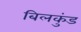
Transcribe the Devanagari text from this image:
बिलकुंड